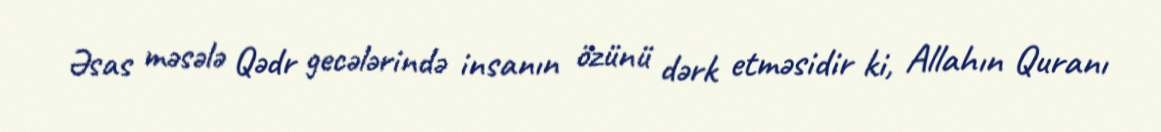
Əsas məsələ Qədr gecələrində insanın özünü dərk etməsidir ki, Allahın Quranı